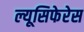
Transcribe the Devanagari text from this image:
ल्यूसिफेरेस